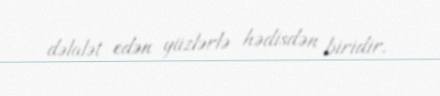
dəlalət edən yüzlərlə hədisdən biridir.